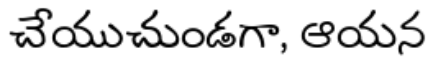
చేయుచుండగా, ఆయన